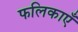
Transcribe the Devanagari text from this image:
फलिकाएँ